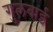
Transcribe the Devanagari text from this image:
गुलबाई